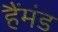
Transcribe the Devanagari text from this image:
हैंमंड